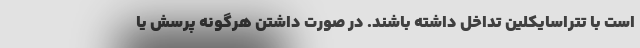
است با تتراسایکلین تداخل داشته باشند. در صورت داشتن هرگونه پرسش یا